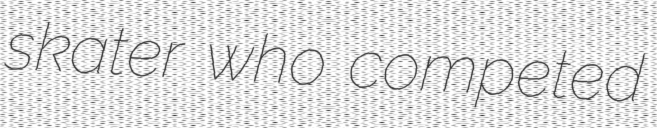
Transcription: skater who competed